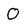
Character: 0